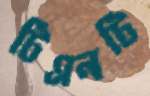
টিএনটি